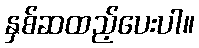
နှစ်ဆထည့်ပေးပါ။